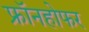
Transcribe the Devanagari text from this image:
फ्रॉनहोफर